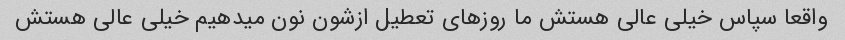
واقعا سپاس خیلی عالی هستش ما روزهای تعطیل ازشون نون میدهیم خیلی عالی هستش